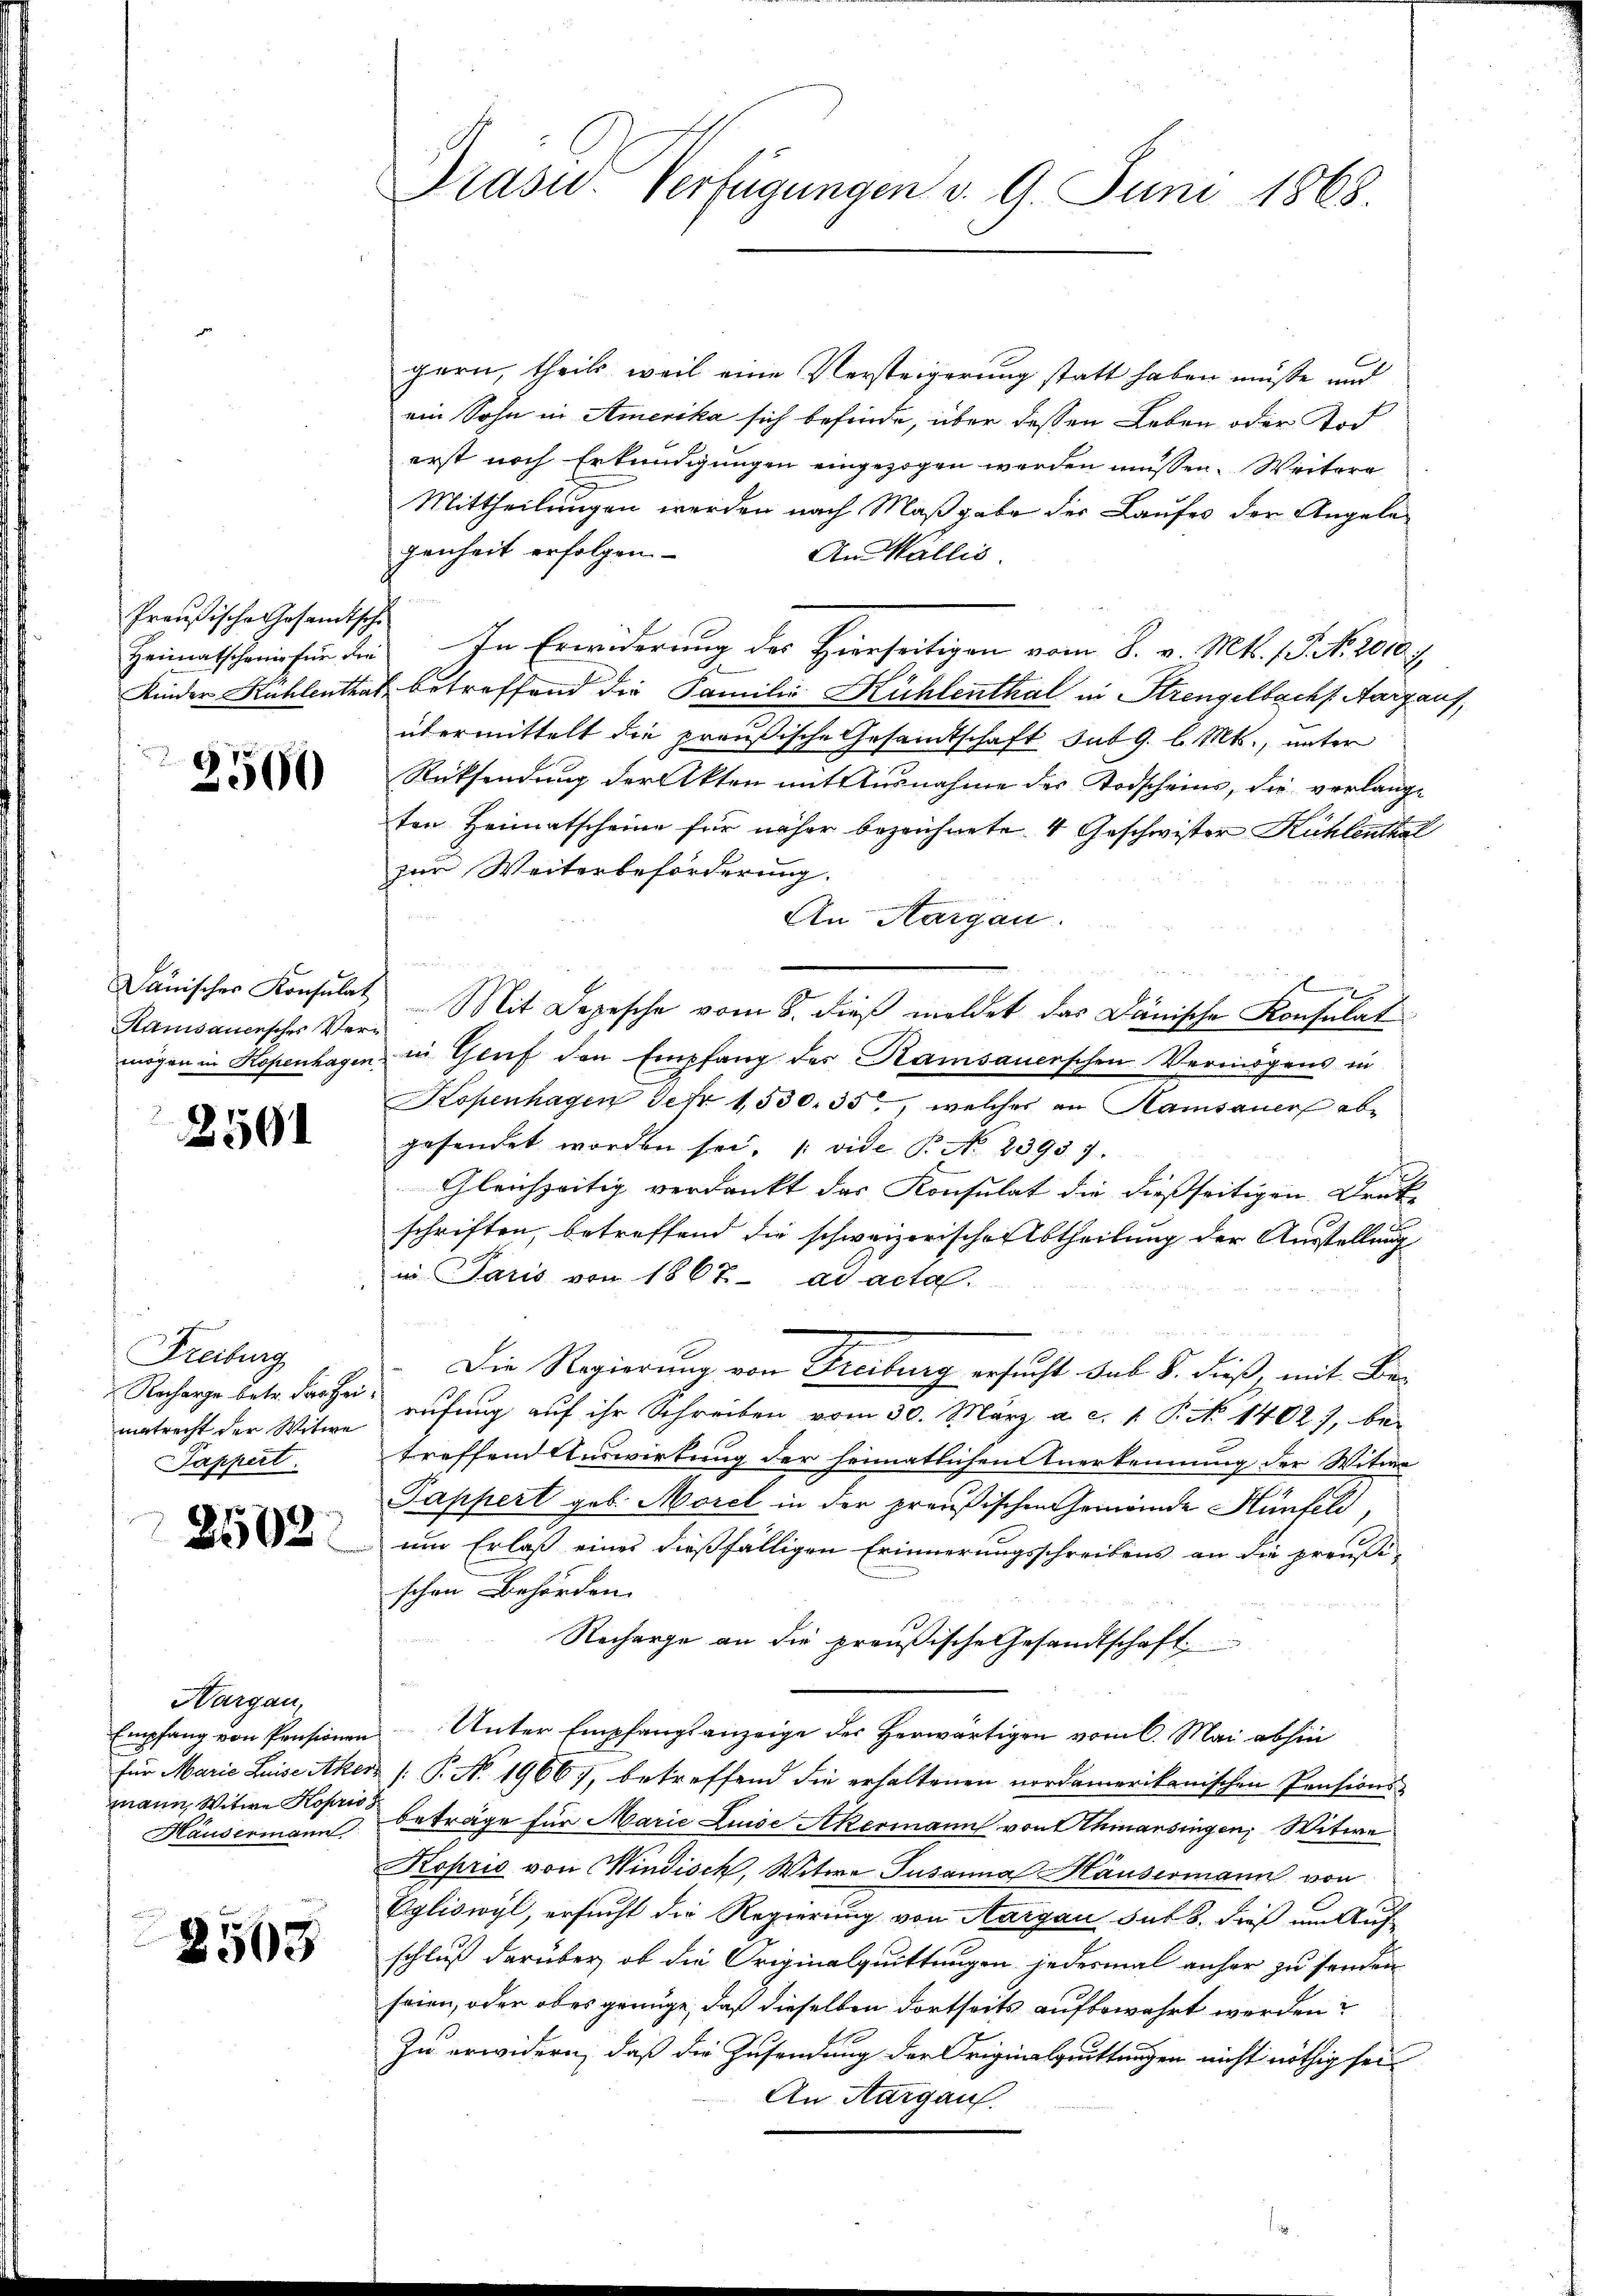
Preußische Gesandtische

2500

Kanisauersches Ver¬

2501

Freiburg
matrecht der Witwe
Sappert.
6

2022

Hargau,
Empfang von Pensionen
für Marie Luise Ake
mann, Witwe Koprio
Häusermann

2508

Prasw. Verfügungen d. 9. Juni 1868.

gern, theils, weil eine Versteigerung statt haben müße und
ein Sohn in Amerika sich befinde, über dessen Leben oder Tod
erst noch Erkundigungen eingezogen werden müssen. Weitere
Mittheilungen werden nach Maßgabe des Laufes der Angelegenheit erfolgen
An Wallis.
Heimatschanis für die In Erwiderung des Hierseitigen vom 8. v. Mtt. 15. No 2010.4.
Kinder Kühlenthal betreffend die Familie Kühlenthal in Strengelbach Aargauf,
übermittelt die preußische Gesandtschaft sub 9. l. Mts., unter
Rücksendung der Akten mit Ausnahme des Todscheins, die verlangten Heimatscheine für näher bezeichnete 4 Geschwister Kühlenthal
zur Weiterbeforderung.
An Aargau.
Dänischer Konsulat Mit Depesche vom 8. dieß meldet das Dänische Konsulat
mögen in Kopenhagen in Gruf den Empfang des Kamsauerschen Vermögens in
Kopenhagen Febr. 1530. 35, welches an Hamsauer ebe
gesendet worden sei. (vide P. No. 23937.
Gleichzeitig verdankt das Konsulat die dießseitigen Druk-
schriften, betreffend die schweizerischer Abtheilung der Ausstellung
in Paris von 1867 ad acta.
Die Regierung von Freibung ersucht sub. 8. dieß, mit Be¬
Recharge betr. daher anfang auf ihr Schreiben vom 30. März a. c. 1 Pkt. 1402), bei
treffend Auswirkung der heimatlichen Anerkennung der Witwe
Pappert geb. Morel in der preußischen Gemeinde Hünfeld,
um Erlaß eines dießfälligen Erinnerungsschreibens an die preußi-
schen Behörden.
Recharge an die preußische Gesandtschaft
Unter Empfangsanzeige des Herwärtigen vom 6. Mai abhin
d /: P. No. 1966), betreffend die erhaltenen nordamerikanischen Pensions-
beträge für Marie Luise Akermann von Athmansingen, Witwe
Kopris von Windisch, Witwe Susanna Häusermann von
Egliswyl, ersucht die Regierung von Aargau but 8. dieß um Aufschluß darüber, ob die Originalquittungen jedesmal anher zu senden
seien, oder ober genüge, daß dieselben dortseits aufbewahrt worden?
Zu erwidern, daß die Zusendung der Originalgrittungen nicht nöthig sei
An Aargau.